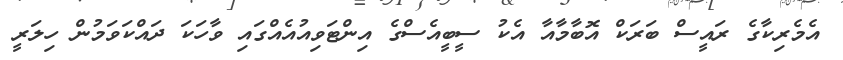
އެމެރިކާގެ ރައީސް ބަރަކް އޮބާމާއާ އެކު ސީބީއެސްގެ އިންޓަވިއުއެއްގައި ވާހަކަ ދައްކަވަމުން ހިލަރީ